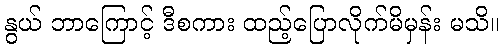
နွယ် ဘာကြောင့် ဒီစကား ထည့်ပြောလိုက်မိမှန်း မသိ။